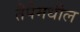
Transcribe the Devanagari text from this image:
तैपैमधील